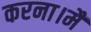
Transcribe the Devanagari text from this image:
करना।मैं